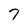
Character: 7